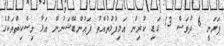
ފަށަނީ 6 ދުވަސް 13 ގަޑި ކުރިން އަލިފުޅުތުއްތު ފައުންޑޭޝަނުން އަޅާ މިސްކިތްތަކުގެ